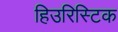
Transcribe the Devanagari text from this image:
हिउरिस्टिक